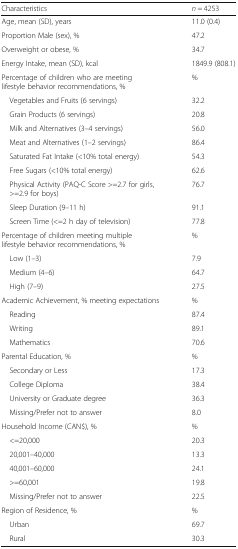
<table><thead><tr><td><b>Characteristics</b></td><td><b><i>n</i> = 4253</b></td></tr></thead><tbody><tr><td>Age, mean (SD), years</td><td>11.0 (0.4)</td></tr><tr><td>Proportion Male (sex), %</td><td>47.2</td></tr><tr><td>Overweight or obese, %</td><td>34.7</td></tr><tr><td>Energy Intake, mean (SD), kcal</td><td>1849.9 (808.1)</td></tr><tr><td>Percentage of children who are meeting lifestyle behavior recommendations, %</td><td>%</td></tr><tr><td> Vegetables and Fruits (6 servings)</td><td>32.2</td></tr><tr><td> Grain Products (6 servings)</td><td>20.8</td></tr><tr><td> Milk and Alternatives (3–4 servings)</td><td>56.0</td></tr><tr><td> Meat and Alternatives (1–2 servings)</td><td>86.4</td></tr><tr><td> Saturated Fat Intake (&lt;10% total energy)</td><td>54.3</td></tr><tr><td> Free Sugars (&lt;10% total energy)</td><td>62.6</td></tr><tr><td> Physical Activity (PAQ-C Score &gt;=2.7 for girls, &gt;=2.9 for boys)</td><td>76.7</td></tr><tr><td> Sleep Duration (9–11 h)</td><td>91.1</td></tr><tr><td> Screen Time (&lt;=2 h day of television)</td><td>77.8</td></tr><tr><td>Percentage of children meeting multiple lifestyle behavior recommendations, %</td><td>%</td></tr><tr><td> Low (1–3)</td><td>7.9</td></tr><tr><td> Medium (4–6)</td><td>64.7</td></tr><tr><td> High (7–9)</td><td>27.5</td></tr><tr><td>Academic Achievement, % meeting expectations</td><td>%</td></tr><tr><td> Reading</td><td>87.4</td></tr><tr><td> Writing</td><td>89.1</td></tr><tr><td> Mathematics</td><td>70.6</td></tr><tr><td>Parental Education, %</td><td>%</td></tr><tr><td> Secondary or Less</td><td>17.3</td></tr><tr><td> College Diploma</td><td>38.4</td></tr><tr><td> University or Graduate degree</td><td>36.3</td></tr><tr><td> Missing/Prefer not to answer</td><td>8.0</td></tr><tr><td>Household Income (CAN$), %</td><td>%</td></tr><tr><td> &lt;=20,000</td><td>20.3</td></tr><tr><td> 20,001–40,000</td><td>13.3</td></tr><tr><td> 40,001–60,000</td><td>24.1</td></tr><tr><td> &gt;=60,001</td><td>19.8</td></tr><tr><td> Missing/Prefer not to answer</td><td>22.5</td></tr><tr><td>Region of Residence, %</td><td>%</td></tr><tr><td> Urban</td><td>69.7</td></tr><tr><td> Rural</td><td>30.3</td></tr></tbody></table>